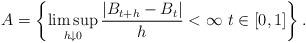
LaTeX: \begin{align*}A=\left\{ \limsup_{h\downarrow0}\frac{\left|B_{t+h}-B_{t}\right|}{h}<\infty\ t\in[0,1]\right\} .\end{align*}